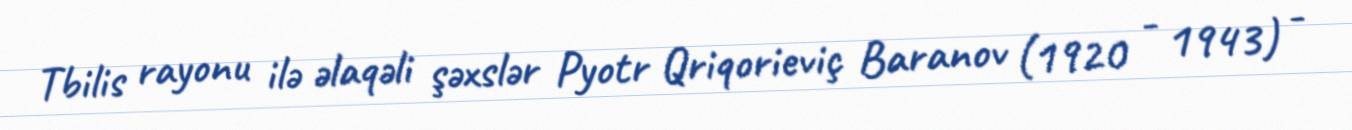
Tbilis rayonu ilə əlaqəli şəxslər Pyotr Qriqorieviç Baranov (1920 - 1943) -